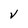
Character: v